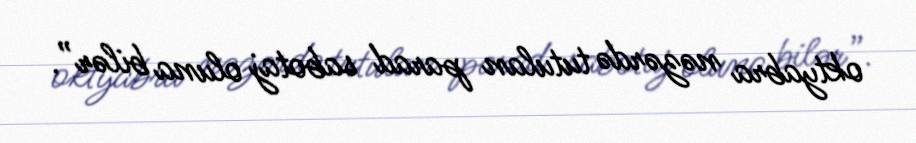
oktyabra nəzərdə tutulan parad sabotaj oluna bilər”.